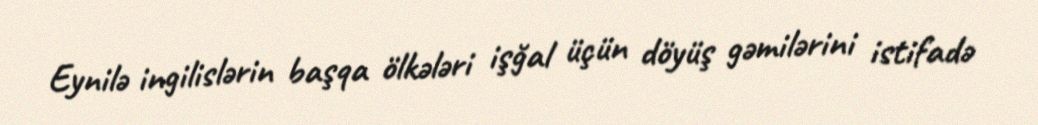
Eynilə ingilislərin başqa ölkələri işğal üçün döyüş gəmilərini istifadə